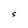
Character: S